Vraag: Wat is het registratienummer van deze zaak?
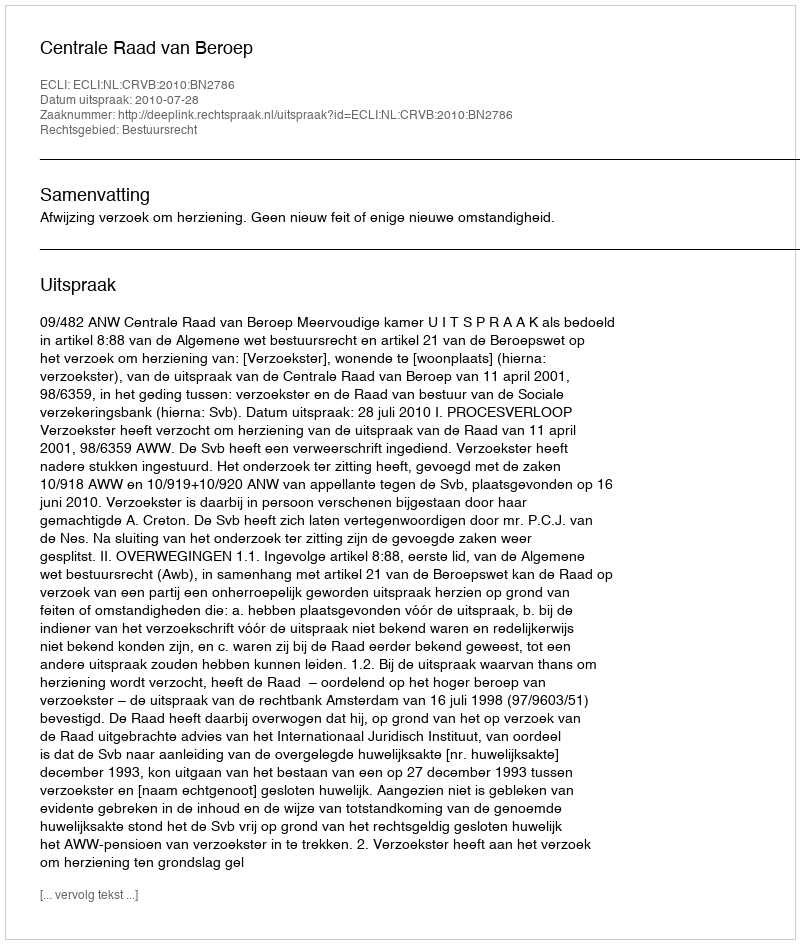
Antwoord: http://deeplink.rechtspraak.nl/uitspraak?id=ECLI:NL:CRVB:2010:BN2786